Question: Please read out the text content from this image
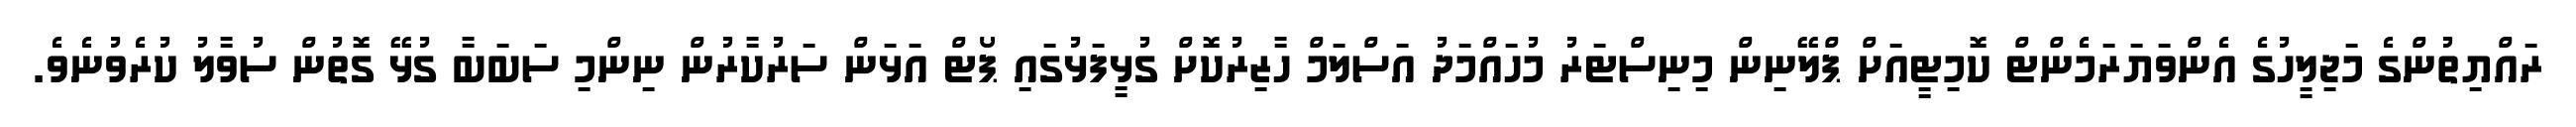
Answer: ރައްޔިތުންގެ މަޖިލީހުގެ އެންވަޔަރަމެންޓް ކޮމިޓީއަށް ޕްލޭނިން މިނިސްޓަރު މުހައްމަދު އަސްލަމް ހާޒިރުކޮށް ގުޅީފަޅުގައި ޕޯޓް އަޅަން ސަރުކާރުން ނިންމި ސަބަބާ ގުޅޭ ގޮތުން ސުވާލު ކުރެވުނެވެ.